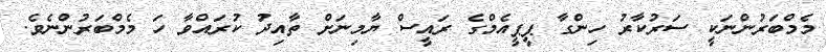
މެމްބަރުންނަކީ ސަރުކާރު ހިންގާ ޕީޕީއެމްގެ ރައީސް ޔާމިނަށް ތާއިދު ކުރައްވާ ހަ މެމްބަރުންނެވެ.